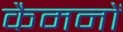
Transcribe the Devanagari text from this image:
कैमनों